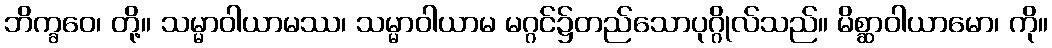
ဘိက္ခဝေ၊ တို့။ သမ္မာဝါယာမဿ၊ သမ္မာဝါယာမ မဂ္ဂင်၌တည်သောပုဂ္ဂိုလ်သည်။ မိစ္ဆာဝါယာမော၊ ကို။